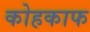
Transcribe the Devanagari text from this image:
कोहकाफ